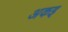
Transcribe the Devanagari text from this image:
अकइ